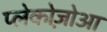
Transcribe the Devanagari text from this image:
प्लेकोज़ोआ